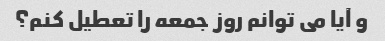
و آیا می توانم روز جمعه را تعطیل کنم؟